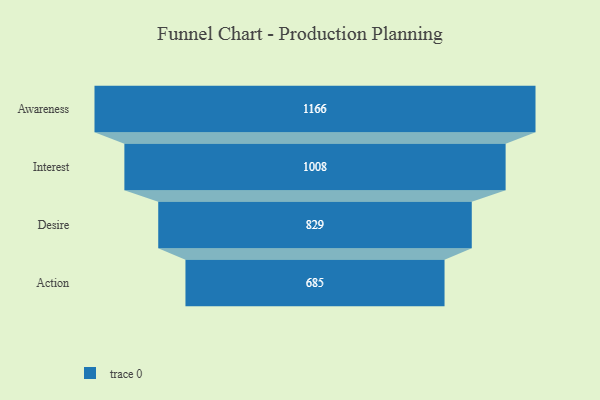
{"axis": {"x": "Stage", "y": "Value"}, "legend": [""], "data": [{"x": "Awareness", "y": 1166.0, "type": ""}, {"x": "Interest", "y": 1008.0, "type": ""}, {"x": "Desire", "y": 829.0, "type": ""}, {"x": "Action", "y": 685.0, "type": ""}]}